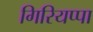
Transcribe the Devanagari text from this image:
गिरियप्पा